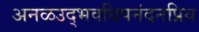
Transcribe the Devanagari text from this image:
अनळउद्भवधिपनंदनप्रिय